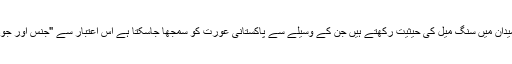
اپنے عمیق مطالعے اور زندگی کے معاملات کی گہری بصیرت کی وجہ سے انیس ناگی کے یہ مضامین اپنے میدان میں سنگ میل کی حیثیت رکھتے ہیں جن کے وسیلے سے پاکستانی عورت کو سمجھا جاسکتا ہے اس اعتبار سے "جنس اور جود ” اردو میں پہلی کتاب ہے جس میں پاکستان کی تمدنی حالت میں پاکستانی عورت کا وجودی مطالعہ کیا گيا ہے۔